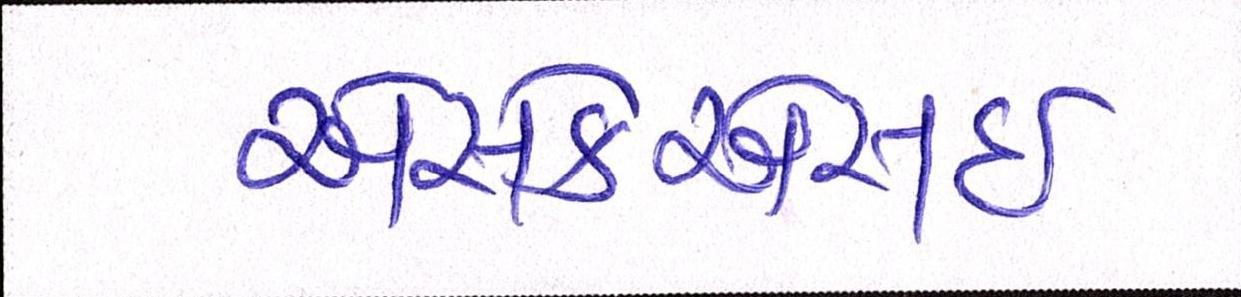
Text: એસકેએસઈ